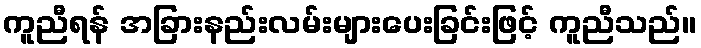
ကူညီရန် အခြားနည်းလမ်းများပေးခြင်းဖြင့် ကူညီသည်။